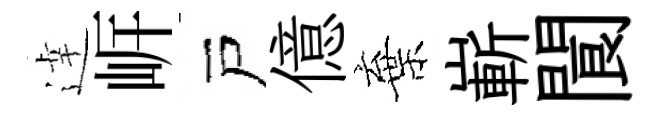
逹㟁戸億棄嶄閬